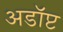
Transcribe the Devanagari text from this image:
अडॉप्ट